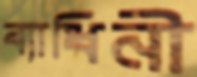
ব্যাধিনী